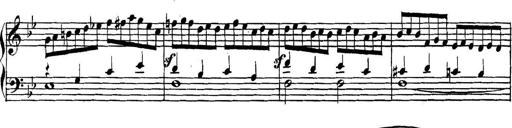
Title: Collected Piano Sonatas
Composer: Muzio Clementi